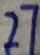
2 7